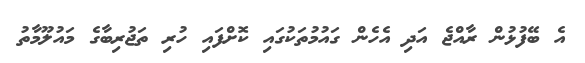
އެ ބޭފުޅުން ރާއްޖެ އަދި އެހެން ގައުމުތަކުގައި ކޮށްފައި ހުރި ތަޖުރިބާގެ މައުލޫމާތު